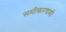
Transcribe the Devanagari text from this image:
समीकरणाशी